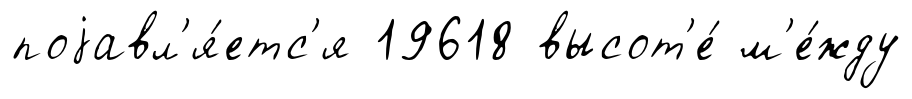
поjавл'я́етс'я 19618 высот'е́ м'е́жду